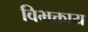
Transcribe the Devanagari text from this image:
विभक्ताय